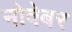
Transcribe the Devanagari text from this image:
नोवेबर